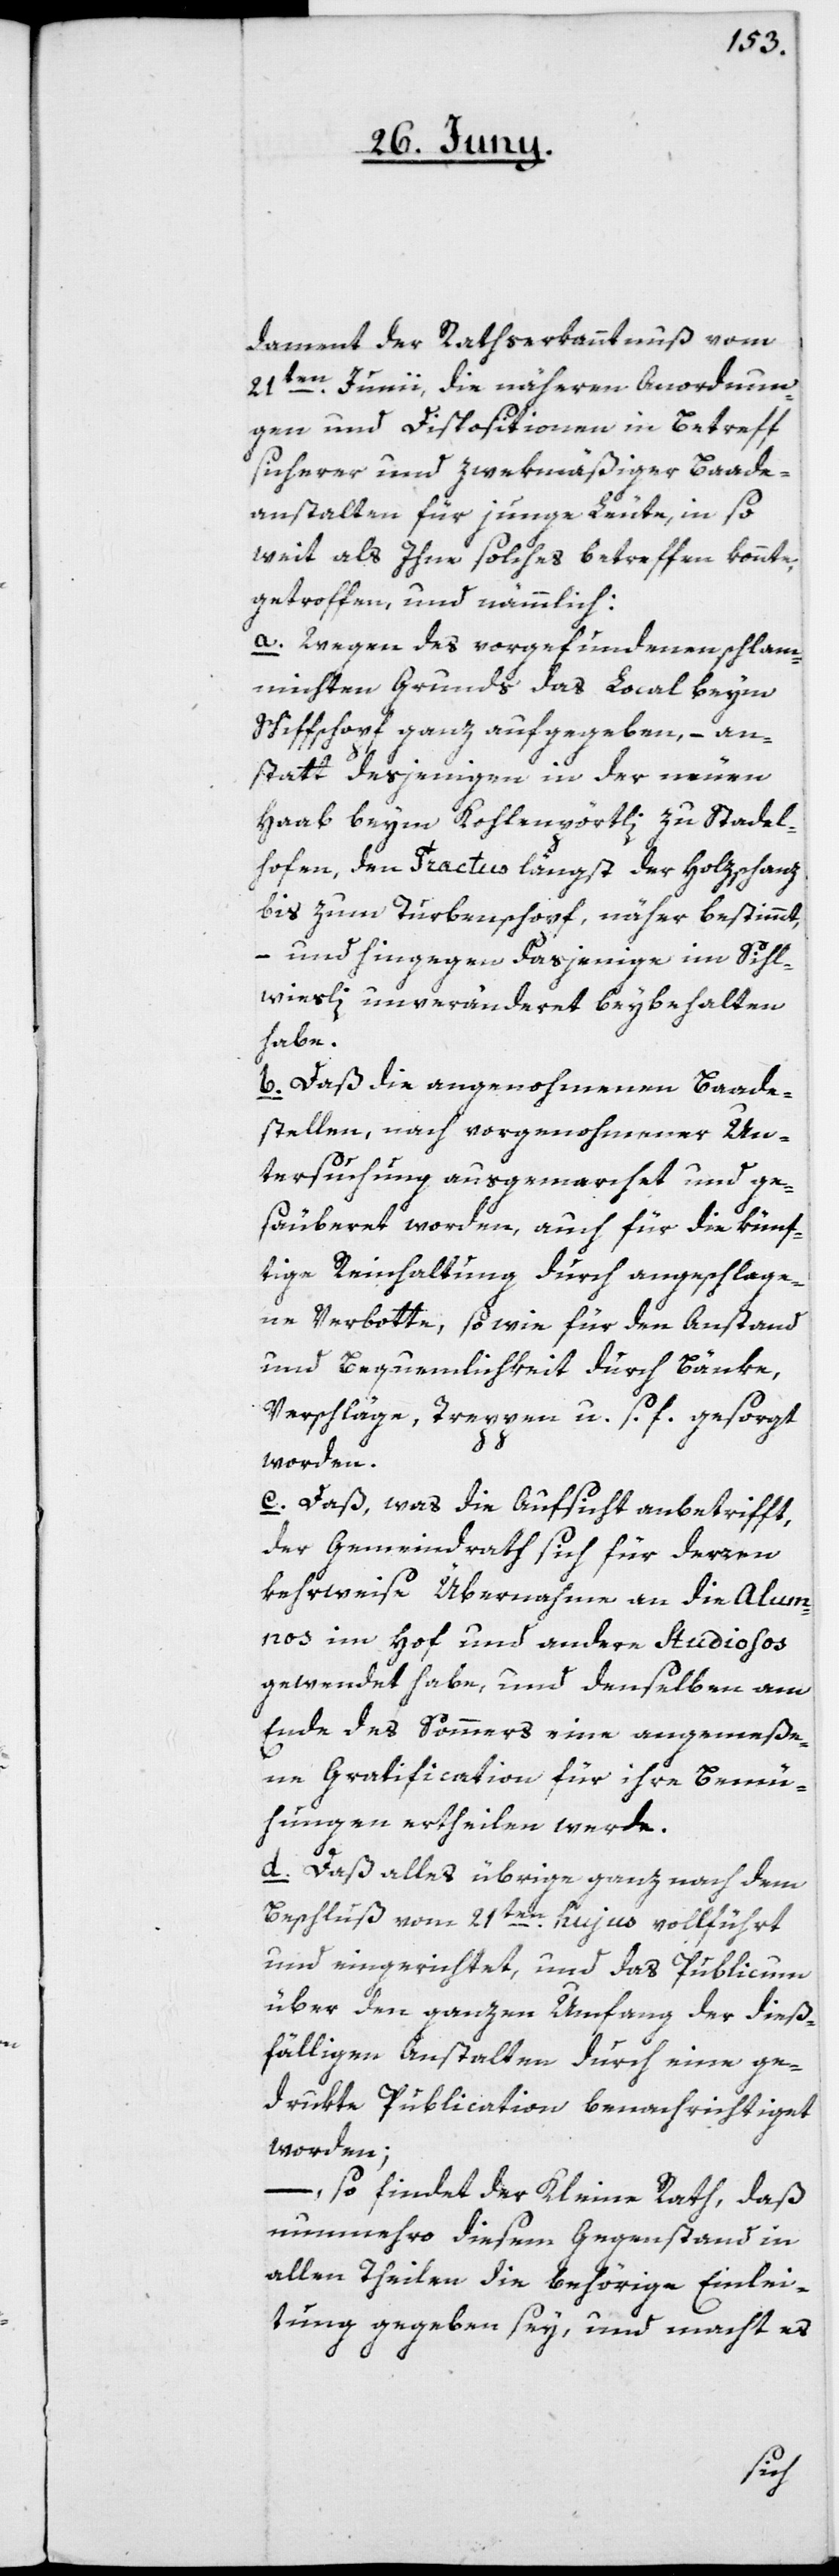
dament der Rathserkanntnuß vom
21ten Junii, die näheren Anordnun¬
gen und Dispositionen in Betreff
sicherer und zwekmäßiger Baade¬
anstalten für junge Leute, in so
weit als Ihne solches betreffen könnte,
getroffen, und nämmlich:
a. Wegen des vorgefundenen schlam¬
michten Grunds das Local beym
Schiffschopf ganz aufgegeben, – an¬
statt desjenigen in der neuen
Haab beym Kohlenpörtli zu Stadel¬
hofen, den Tractus längst der Holzschanz
bis zum Turbenschopf, näher bestimmt,
– und hingegen dasjenige im Sihl¬
wiesli unveränderet beybehalten
habe.
b. Daß die angenohmenen Baade¬
stellen, nach vorgenohmener Un¬
tersuchung ausgemarchet und ge¬
säuberet worden, auch für die künf¬
tige Reinhaltung durch angeschlage¬
ne Verbotte, sowie für den Anstand
und Bequemlichkeit durch Bänke,
Verschläge, Treppen u .s. f. gesorgt
worden.
c. Daß, was die Aufsicht anbetrifft,
der Gemeindrath sich für deren
kehrweise Übernahme an die Alum¬
nos im Hof und andere Studiosos
gewendet habe, und denselben am
Ende des Sommers eine angemeße¬
ne Gratification für ihre Bemü¬
hungen ertheilen werde.
d. Daß alles übrige ganz nach dem
Beschluß vom 21ten hujus vollführt
und eingerichtet, und das Publicum
über den ganzen Umfang der dieß¬
fälligen Anstalten durch eine ge¬
drkte Publication benachrichtiget
worden;
– so findet der Kleine Rath, daß
nunmehro diesem Gegenstand in
allen Theilen die behörige Einlei¬
tung gegeben sey, und macht es